Annual report of the Punjab Veterinary College and of the Civil Veterinary Department, Punjab - 1926-1932
Year: 1926
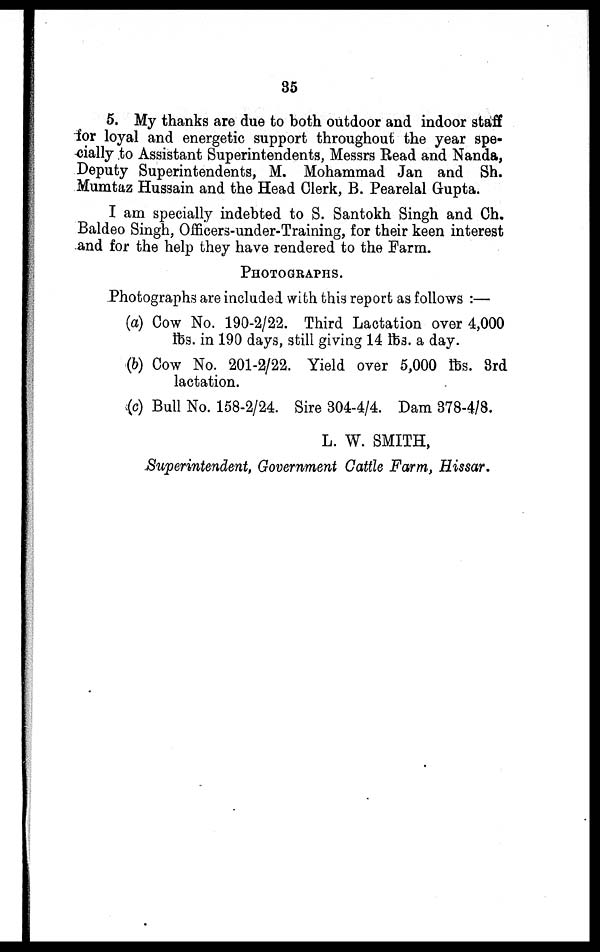
35
5. My thanks are due to both outdoor and indoor staff
for loyal and energetic support throughout the year spe-
cially to Assistant Superintendents, Messrs Read and Nanda,
Deputy Superintendents, M. Mohammad Jan and Sh.
Mumtaz Hussain and the Head Clerk, B. Pearelal Gupta.
I am specially indebted to S. Santokh Singh and Ch.
Baldeo Singh, Officers-under-Training, for their keen interest
and for the help they have rendered to the Farm.
PHOTOGRAPHS.
Photographs are included with this report as follows :—
(a) Cow No. 190-2/22. Third Lactation over 4,000
lbs. in 190 days, still giving 14 lbs. a day.
(b) Cow No. 201-2/22. Yield over 5,000 lbs. 3rd
lactation.
(c) Bull No. 158-2/24. Sire 304-4/4. Dam 378-4/8.
L. W. SMITH,
Superintendent, Government Cattle Farm, Hissar.